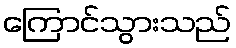
ကြောင်သွားသည်